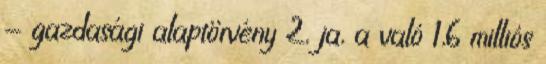
- gazdasági alaptörvény 2, ja, a való 1,6 milliós